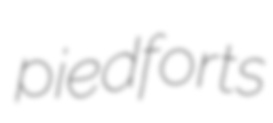
piedforts